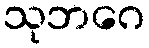
သုဘဂေ